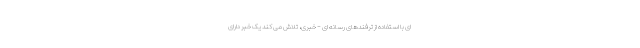
ای با استفاده از ترفندهای رسانه ای - خبری، تلاش می کند یک خبر دارای